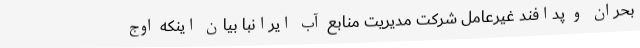
بحران و پدافند غیرعامل شرکت مدیریت منابع آب ایرانبا بیان اینکه اوج